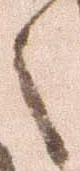
之